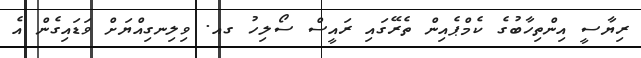
ރިޔާސީ އިންތިހާބުގެ ކެމްޕެއިން ތެރޭގައި ރައީސް ސޯލިހު ގއ. ވިލިނގިއްޔަށް ވަޑައިގެން އެ